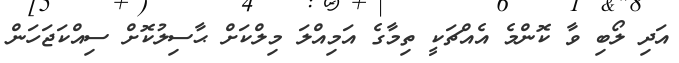
އަދި ލޯބި ވާ ކޮންމެ އެއްޗަކީ ތިމާގެ އަމިއްލަ މިލްކަށް ޙާސިލުކޮށް ސިއްކަޖަހަން